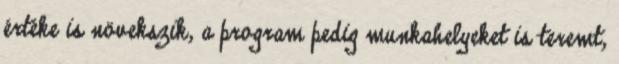
értéke is növekszik, a program pedig munkahelyeket is teremt,